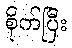
စိုက်ပြီး